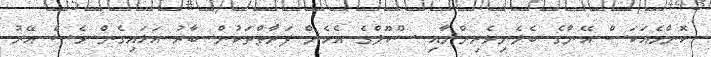
ކޮންމެއަކަސް އޭނާގެ ބެލެނިވެރިންނާއި ސްކޫލްގެ އެހެން ފަރާތްތަކުން ބާރު އަޅައިގެން ވެސް އޭރު